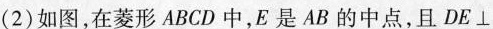
(2)如图，在菱形ABCD中，E是AB的中点，且$$D E \bot